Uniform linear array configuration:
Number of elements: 48
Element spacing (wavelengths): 0.5
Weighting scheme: hann
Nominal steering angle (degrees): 30
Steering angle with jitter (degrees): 30.16
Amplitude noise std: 0.05
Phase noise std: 0.05

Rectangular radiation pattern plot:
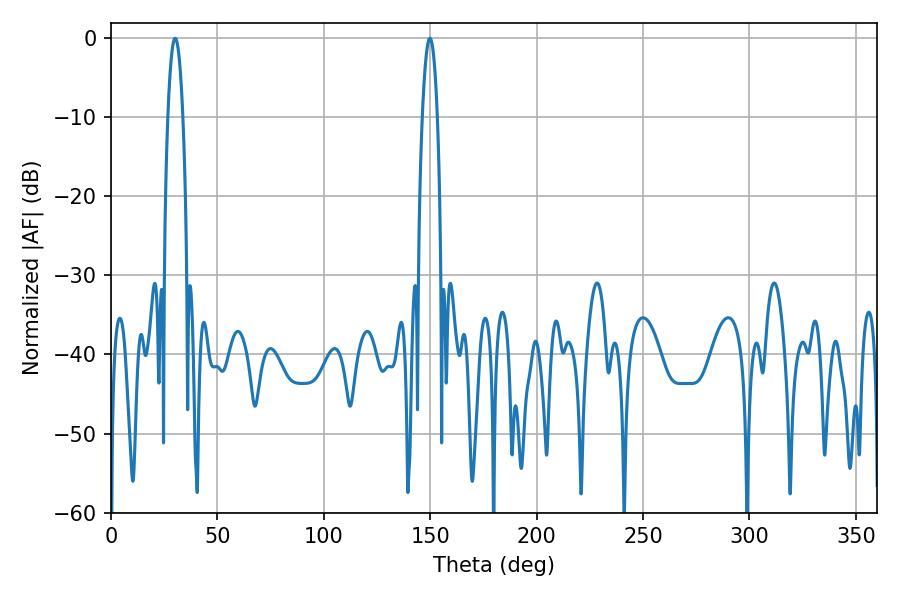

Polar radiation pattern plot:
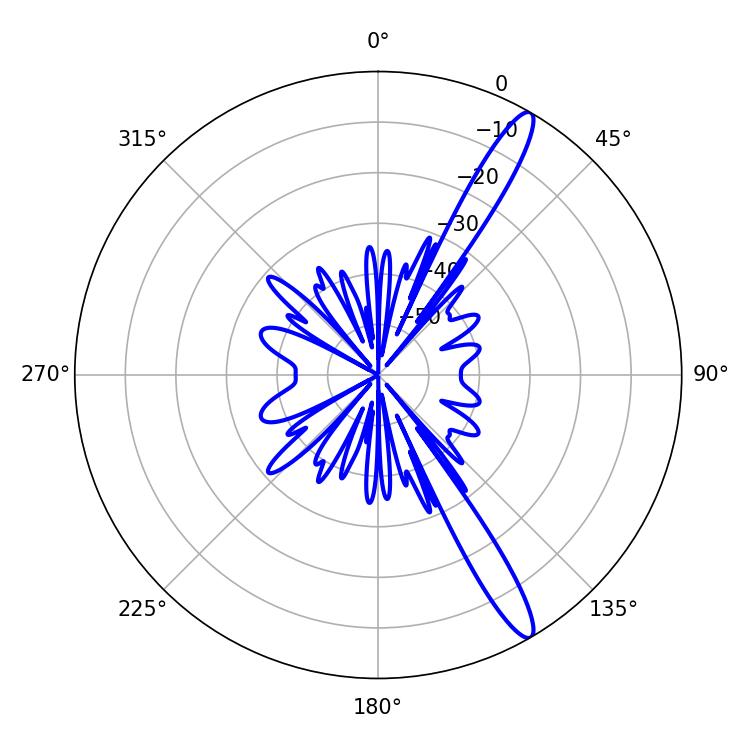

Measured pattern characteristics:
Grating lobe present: FALSE
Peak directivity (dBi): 14.306
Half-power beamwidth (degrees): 3.78
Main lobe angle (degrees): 30.24